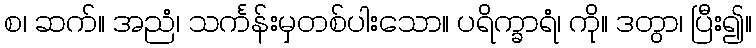
စ၊ ဆက်။ အညံ၊ သင်္ကန်းမှတစ်ပါးသော။ ပရိက္ခာရံ၊ ကို။ ဒတွာ၊ ပြီး၍။